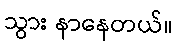
သွား နာနေတယ်။